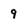
Character: 9